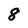
Character: 8